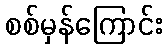
စစ်မှန်ကြောင်း